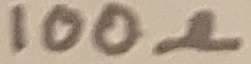
Text: 100Ω